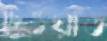
দেওয়াত